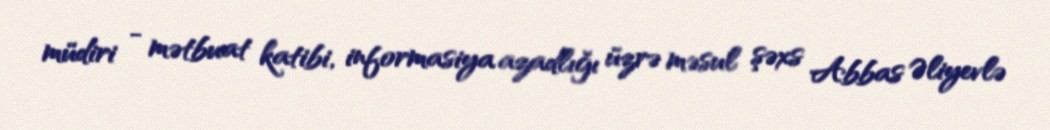
müdiri - mətbuat katibi, informasiya azadlığı üzrə məsul şəxs Abbas Əliyevlə